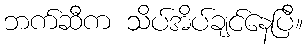
ဘက်ဆီက သိပ်အိပ်ချင်နေပြီ။